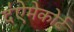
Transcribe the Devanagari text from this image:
द॑ऐमेकोर्ट